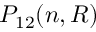
P _ { 1 2 } ( n , R )